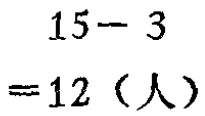
\[

\begin{align*}

&15 - 3\\

=&12 \text{（人）}

\end{align*}

\]